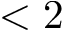
< 2